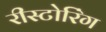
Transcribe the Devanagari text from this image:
रीस्टोरिंग